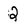
Character: 2